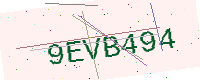
Text: 9EVB494